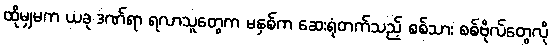
ထိုမျှမက ယခု ဒဏ်ရာ ရလာသူတွေက မနှစ်က ဆေးရုံတက်သည့် စစ်သား စစ်ဗိုလ်တွေလို